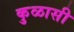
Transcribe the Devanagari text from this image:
कुळासी